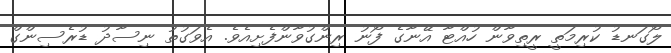
ލޯގަނޑު ކުރިމަތީ ރީތިވާން ހުއްޓާ އޭނާގެ ފޯނު ރިންގުވާންފެށިއެވެ. އެވަގުތު ނިސާދު ޑުރެސިންގް